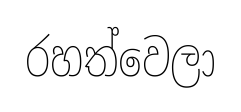
රහත්වෙලා